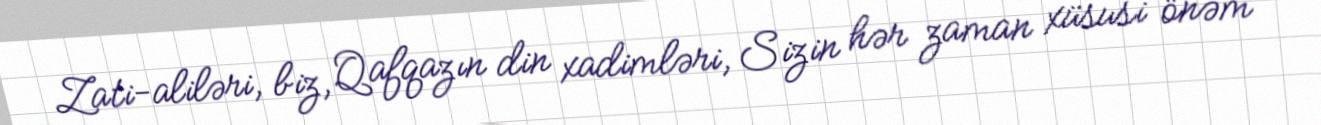
Zati-aliləri, biz, Qafqazın din xadimləri, Sizin hər zaman xüsusi önəm